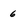
Character: 6